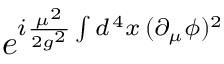
e ^ { i { \frac { \mu ^ { 2 } } { 2 g ^ { 2 } } } \int d ^ { \, 4 } x \, ( \partial _ { \mu } \phi ) ^ { 2 } }